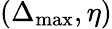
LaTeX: (\Delta_{\mathrm{max}},\eta)